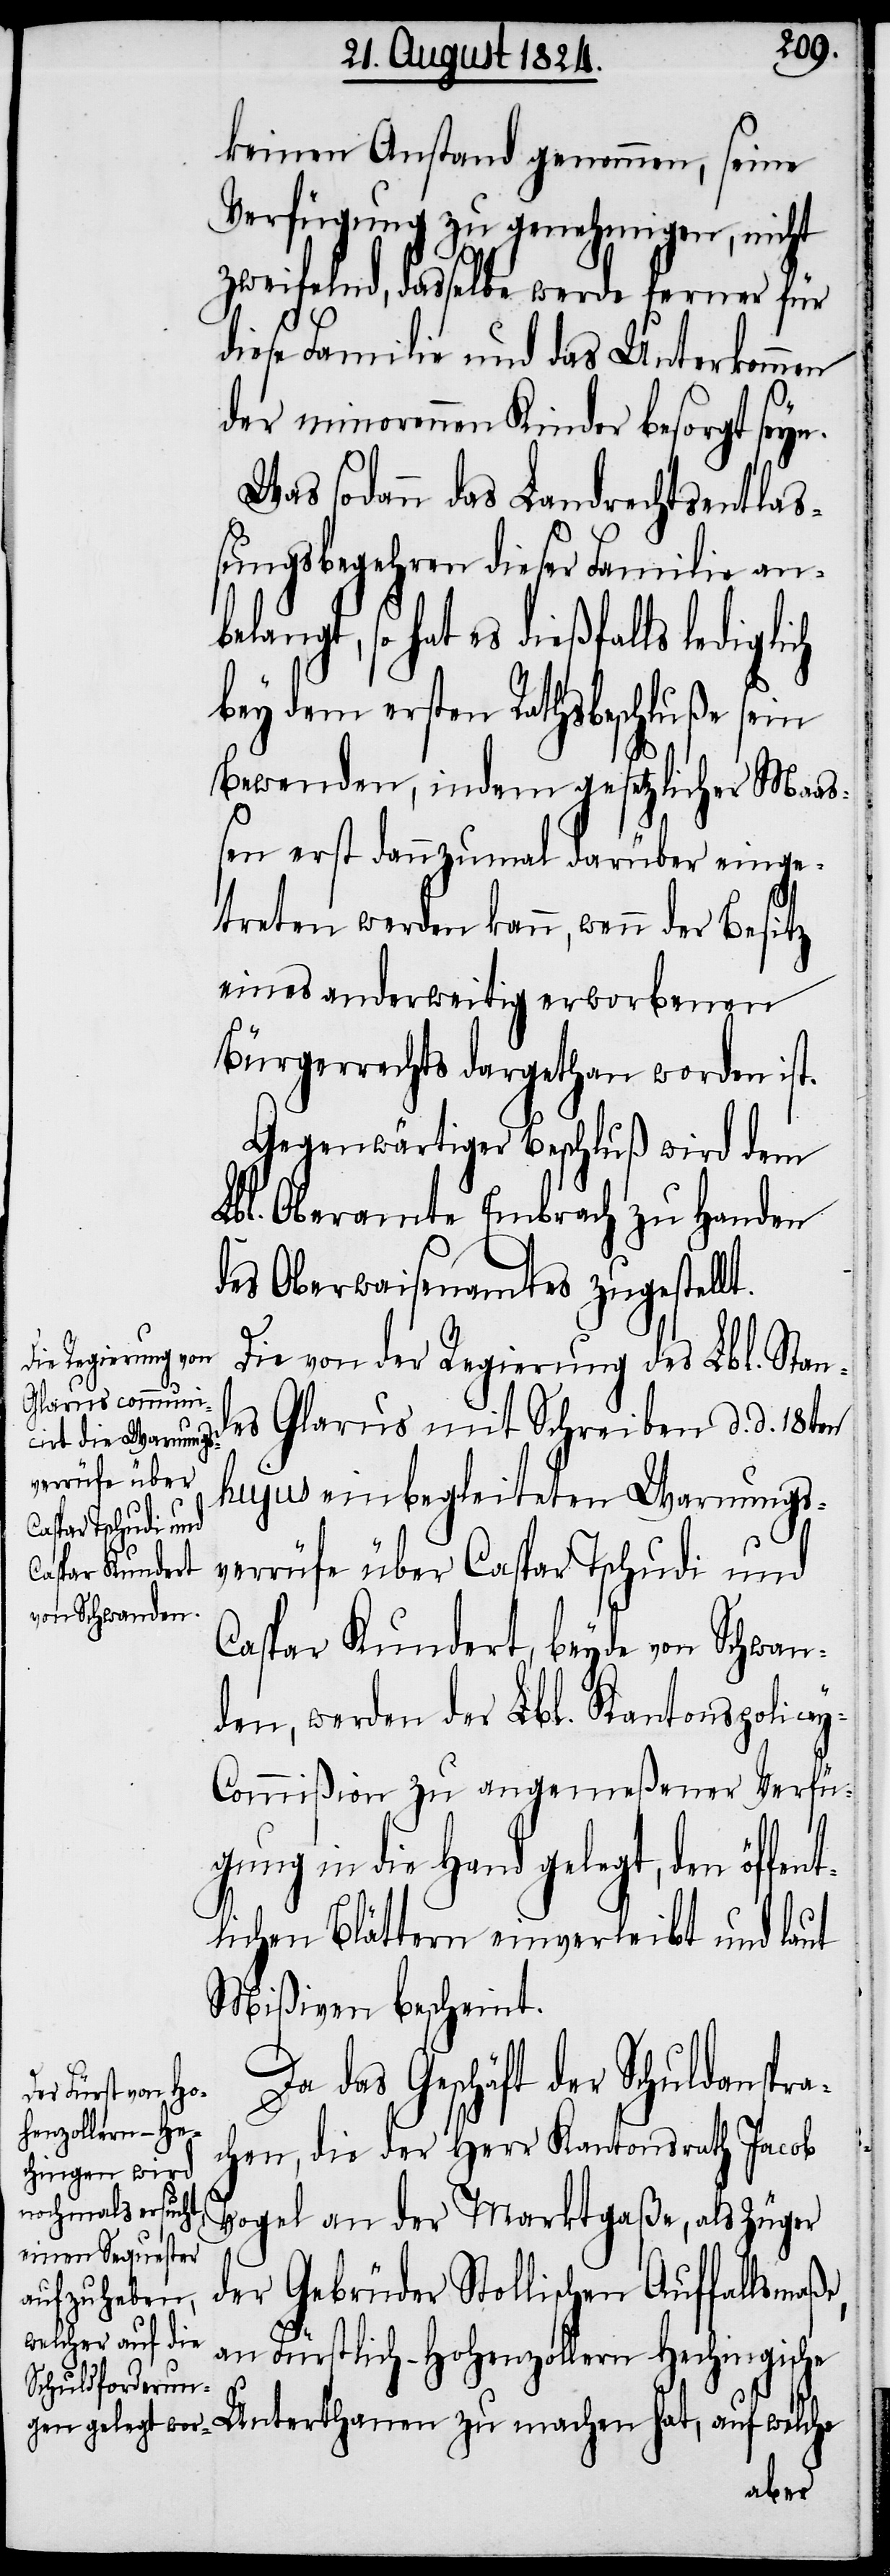
keinen Anstand genommen, seine
Verfügung zu genehmigen, nicht
zweifelnd, dasselbe werde ferner für
diese Familie und das Unterkommen
der minorennen Kinder besorgt seyn.
Was sodann das Landrechtsentla¬
ßungsbegehren dieser Familie anbe¬
langt, so hat es dießfalls lediglich
bey dem ersten Rathsbeschluße sein
Bewenden, indem gesetzlicher Maaß¬
en erst dannzumal darüber einge¬
treten werden kann, wenn der Besitz
eines anderweitig erworbenen
Bürgerrechtes dargethan worden ist.
Gegenwärtiger Beschluß wird dem
Lbl. Oberamte Embrach zu Handen
des Oberwaisenamtes zugestell¬
t.
Die von der Regierung des Lbl. Stand¬
es Glarus mit Schreiben d. d. 18ten
hujus einbegleiteten Warnungs¬
verrüfe über Caspar Tschudi und
Caspar Kundert, beyde von Schwan¬
den, werden der Lbl. Kantons-Police¬
y-Commißion zu angemeßener Verfü¬
gung in die Hand gelegt, den öf¬
lichen Blättern einverleibt und laut
Mißiven bescheint.
Da das Geschäft der Schuldanspra¬
e,
chen, die der Herr Kantonsrath Jacob
Vogel an der Marktgaße, als Züger
der Gebrüder Stollischen Auffallsmaß¬
an Fürstlich-Hohenzollern Hechingische
Unterthanen zu machen hat, auf welche